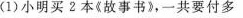
(1)小明买?本《故事书》，一共要付多